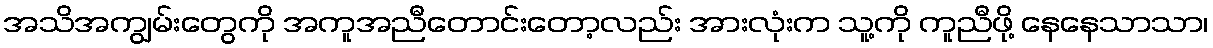
အသိအကျွမ်းတွေကို အကူအညီတောင်းတော့လည်း အားလုံးက သူ့ကို ကူညီဖို့ နေနေသာသာ၊